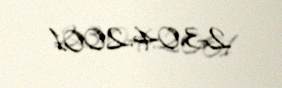
23.04.2001